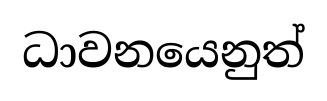
ධාවනයෙනුත්